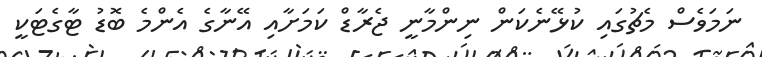
ނަމަވެސް މެޗުގައި ކުޅޭނެކަން ނިންމާނީ ޖެރާޑް ކަމަށާއި އޭނާގެ އެންމެ ބޮޑު ޓާގެޓަކީ